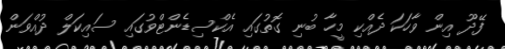
ފޭދޫ އިން ވާހަކަ ދެއްކި މީހާ ބުނި ގޮތުގައި އެކްސިޑެންޓްވުގައި ސައިކަލް ދުއްވަން